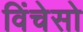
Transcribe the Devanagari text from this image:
विंचेसो